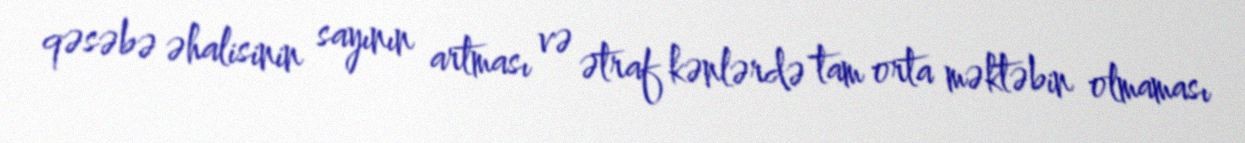
qəsəbə əhalisinin sayının artması və ətraf kənlərdə tam orta məktəbin olmaması